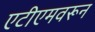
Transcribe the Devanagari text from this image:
एटीएमवरून